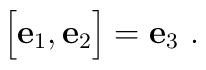
\Bigl [{\bf e}_1, {\bf e}_2 \Bigr ]= {\bf e}_3\ .